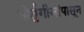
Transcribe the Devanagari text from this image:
पोर्तुगीजांपासून